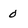
Character: 0